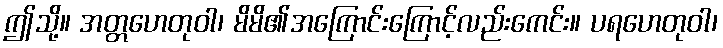
ဤသို့။ အတ္တဟေတုဝါ၊ မိမိ၏အကြောင်းကြောင့်လည်းကေင်း။ ပရဟေတုဝါ၊